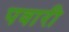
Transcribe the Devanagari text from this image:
पवारी